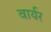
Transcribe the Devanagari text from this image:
वार्यर